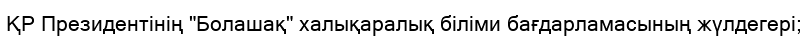
ҚР Президентінің "Болашақ" халықаралық біліми бағдарламасының жүлдегері;